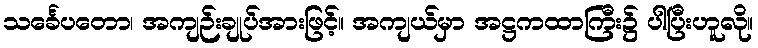
သင်္ခေပတော၊ အကျဉ်းချုပ်အားဖြင့်။ အကျယ်မှာ အဋ္ဌကထာကြီး၌ ပါပြီးဟူလို။